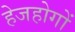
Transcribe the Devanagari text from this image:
हेजहोगों